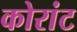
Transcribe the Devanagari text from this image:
कोरांट